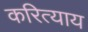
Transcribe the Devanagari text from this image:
करित्याय